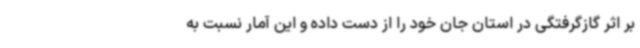
بر اثر گازگرفتگی در استان جان خود را از دست داده و این آمار نسبت به